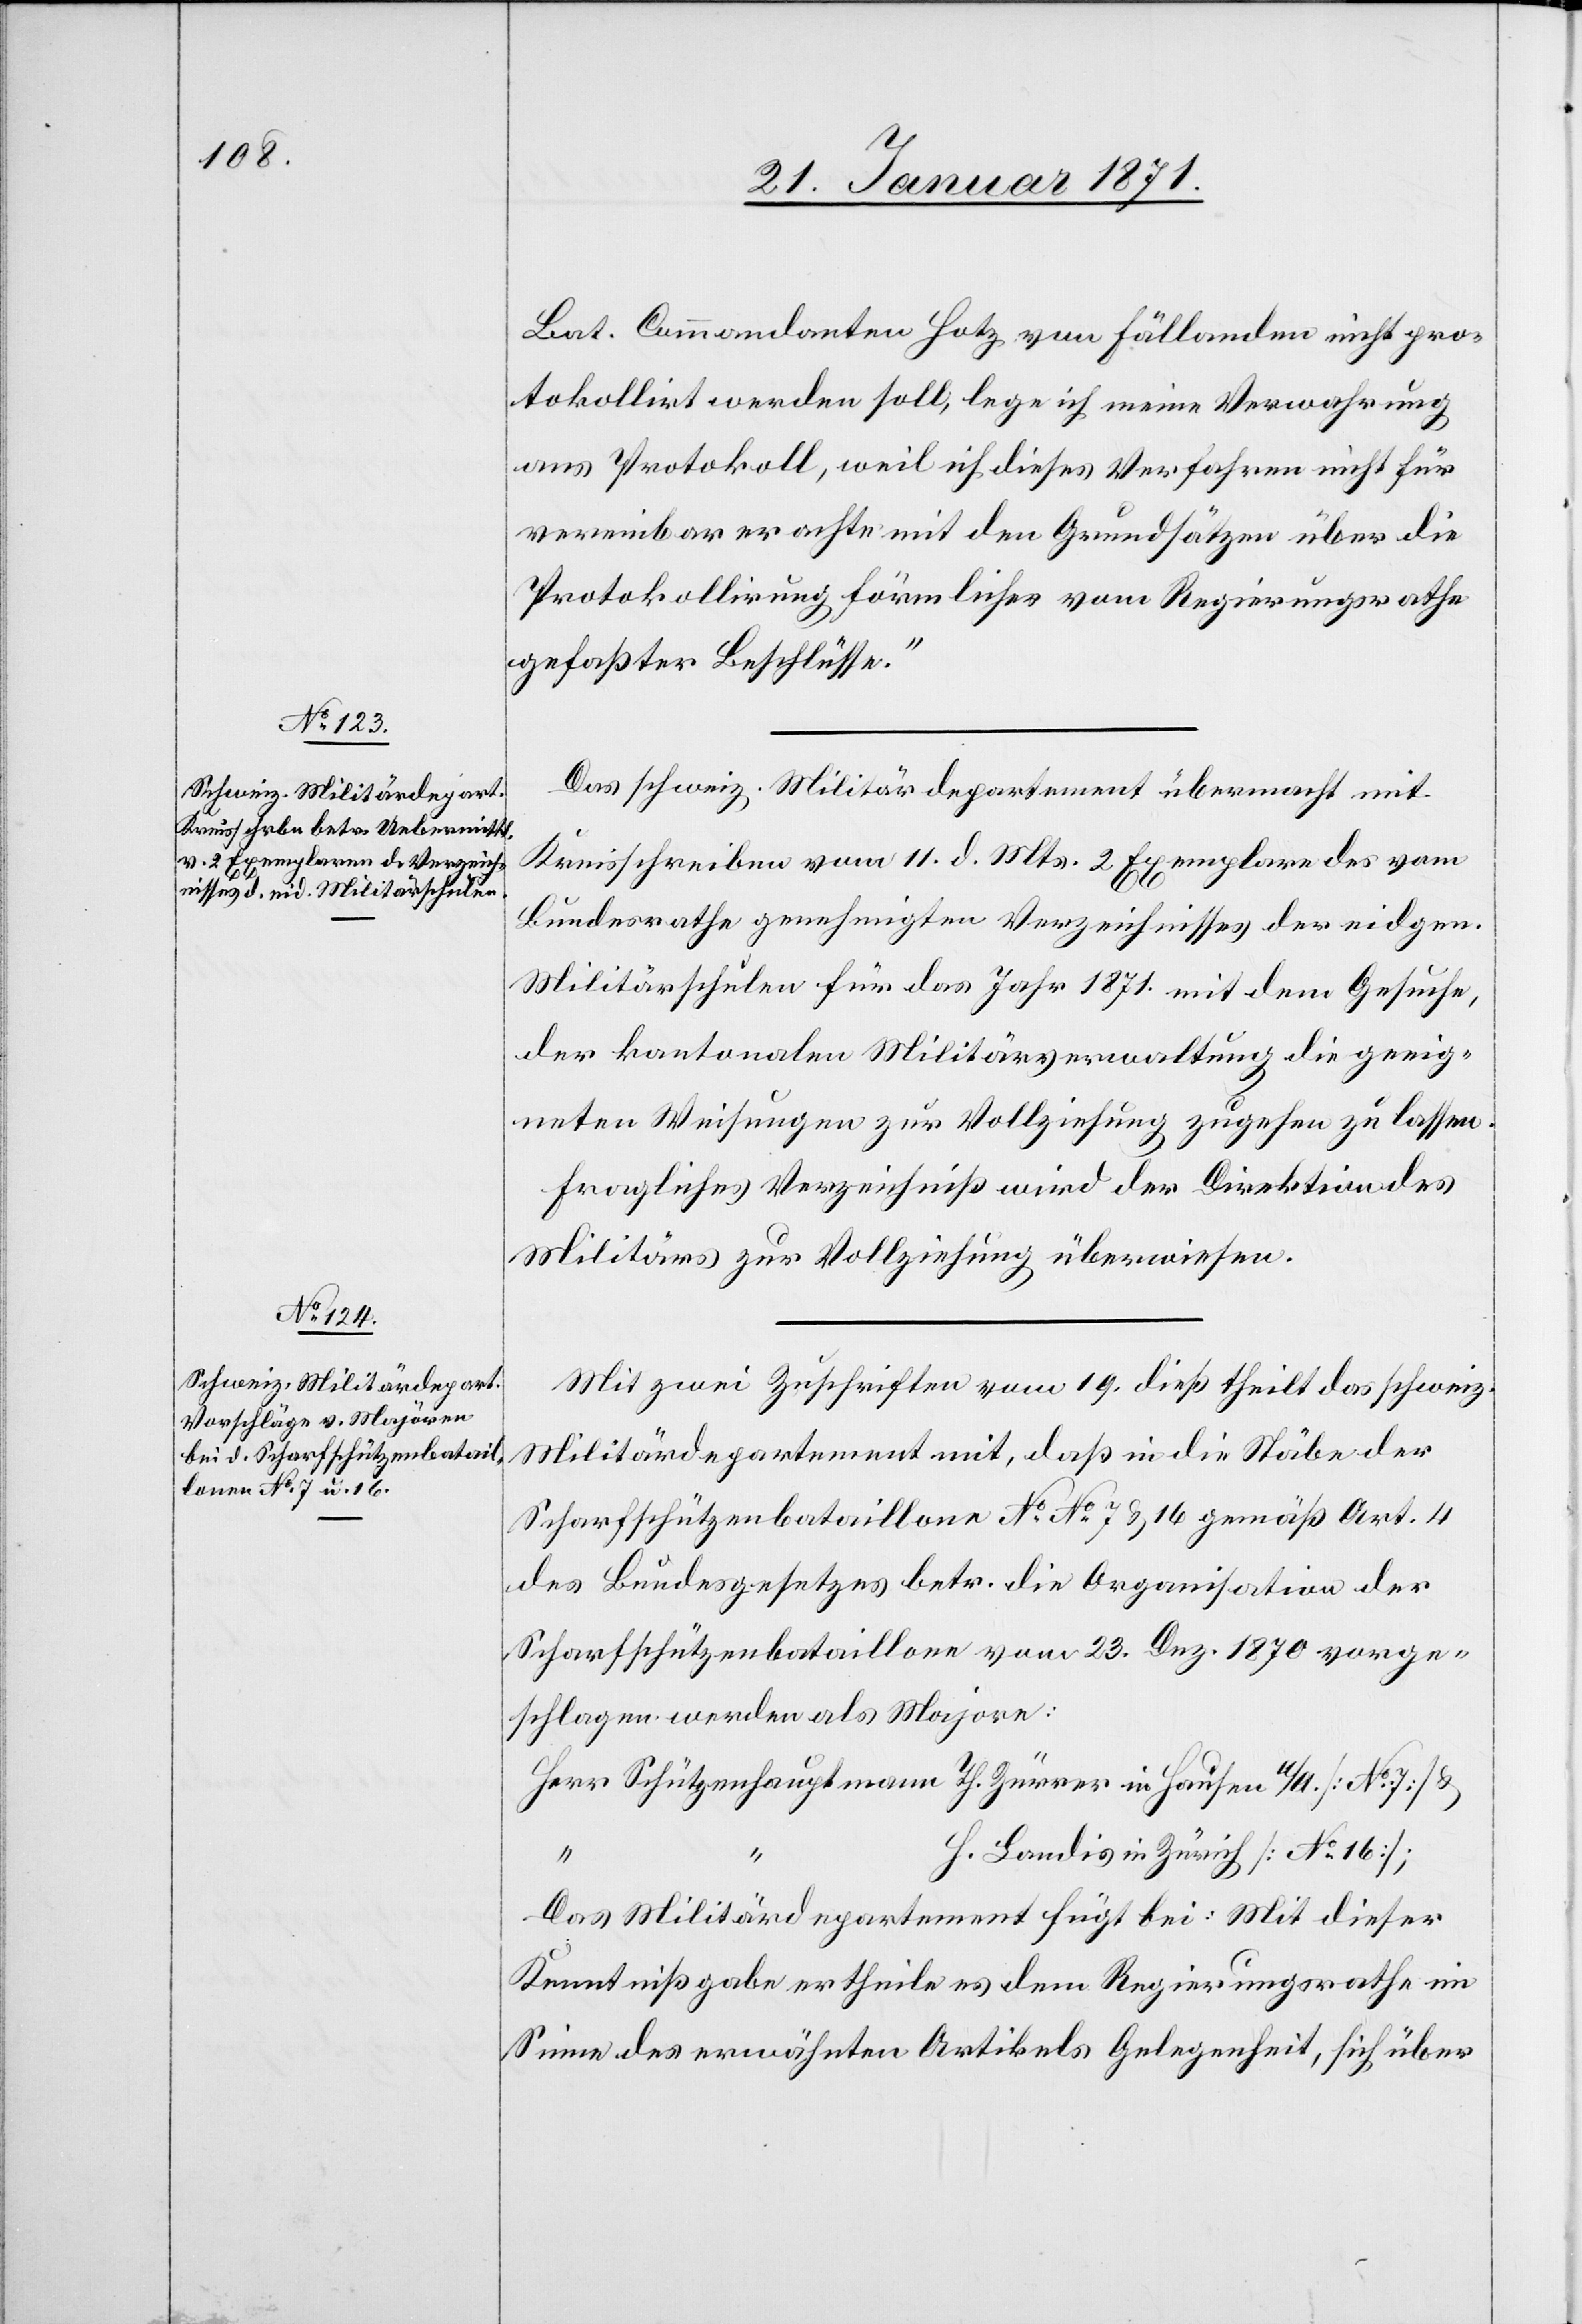
Bat. Commandanten Hotz von Fällanden nicht pro¬
tokollirt werden soll, lege ich meine Verwahrung
ans Protokoll, weil ich dieses Verfahren nicht für
vereinbar erachte mit den Grundsätzen über die
Protokollirung förmlicher vom Regierungsrathe
gefaßter Beschlüsse.“
Das schweiz. Militärdepartement übermacht mit
Kreisschreiben vom 11. d. Mts. 2 Exemplare des vom
Bundesrathe genehmigten Verzeichnisses der eidgen.
Militärschulen für das Jahr 1871 mit dem Gesuche,
der kantonalen Militärverwaltung die geeig¬
neten Weisungen zur Vollziehung zugehen zu lassen.
Fragliches Verzeichniß wird der Direktion des
Militärs zur Vollziehung überwiesen.
Mit zwei Zuschriften vom 19. dieß theilt das schweiz.
Militärdepartement mit, daß in die Stäbe der
Scharfschützenbataillone No. No. 7 u. 16 gemäß Art. 4
des Bundesgesetztes betr. die Organisation der
Scharfschützenbataillone vom 23. Dez. 1870 vorge¬
schlagen werden als Majore:
Herr Schützenhauptmann Th. Zürrer in Hausen a/A.[No. 7] u.
H. Landis in Zürich [No. 16];
Das Militärdepartement fügt bei: Mit dieser
Kenntnißgabe ertheilt es dem Regierungsrathe im
Sinne des erwähnten Artikels Gelegenheit, sich über